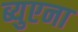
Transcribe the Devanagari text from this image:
ब्युएना